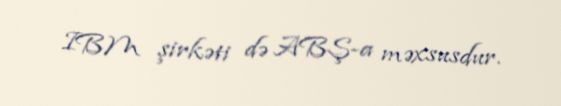
IBM şirkəti də ABŞ-a məxsusdur.